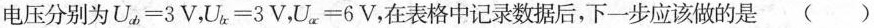
电压分别为$$U _ { a b } = 3 V$$，$$U _ { b c } = 3 V$$，$$U _ { a c } = 6 V$$，在表格中记录数据后，下一步应该做的是()